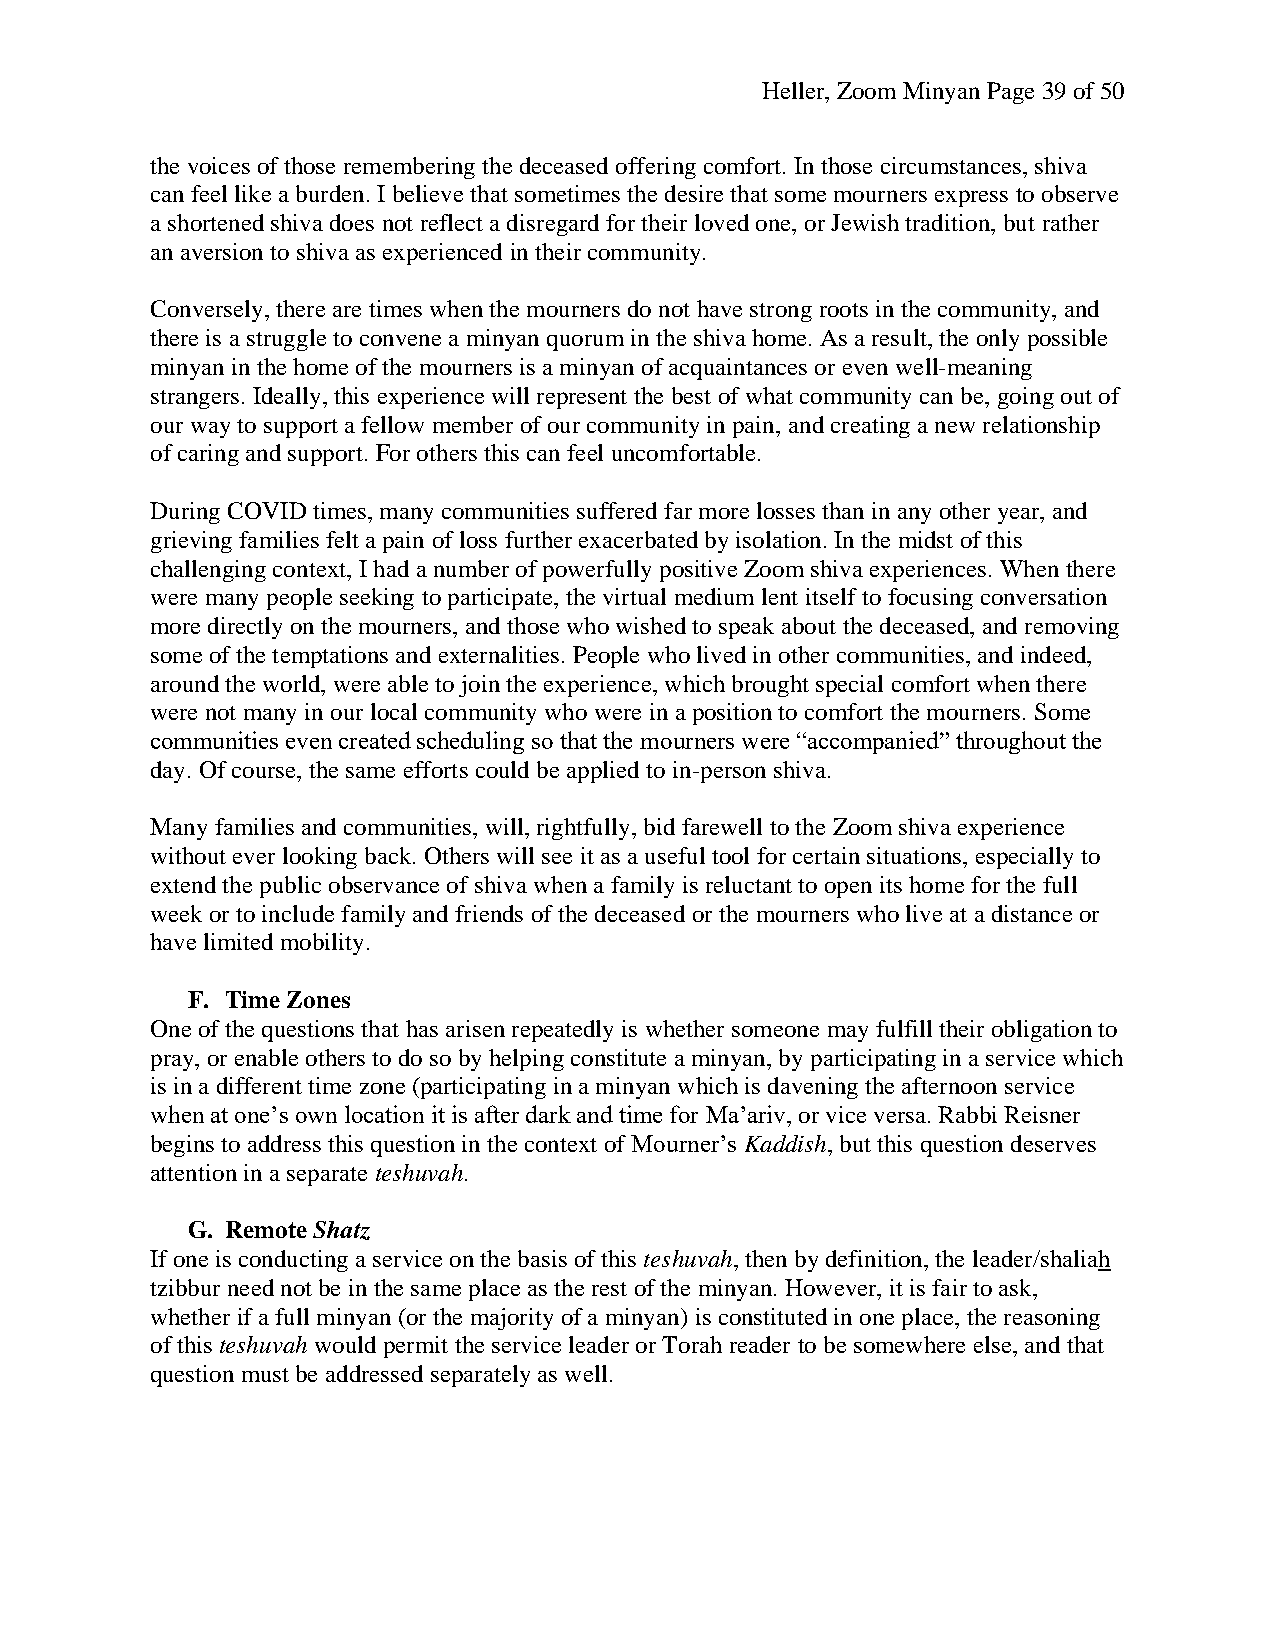
Heller, Zoom Minyan Page 39 of 50
 the voices of those remembering the deceased offering comfort. In those circumstances, shiva
 can feel like a burden. I believe that sometimes the desire that some mourners express to observe
 a shortened shiva does not reflect a disregard for their loved one, or Jewish tradition, but rather
 an aversion to shiva as experienced in their community.
 Conversely, there are times when the mourners do not have strong roots in the community, and
 there is a struggle to convene a minyan quorum in the shiva home. As a result, the only possible
 minyan in the home of the mourners is a minyan of acquaintances or even well-meaning
 strangers. Ideally, this experience will represent the best of what community can be, going out of
 our way to support a fellow member of our community in pain, and creating a new relationship
 of caring and support. For others this can feel uncomfortable.
 During COVID times, many communities suffered far more losses than in any other year, and
 grieving families felt a pain of loss further exacerbated by isolation. In the midst of this
 challenging context, I had a number of powerfully positive Zoom shiva experiences. When there
 were many people seeking to participate, the virtual medium lent itself to focusing conversation
 more directly on the mourners, and those who wished to speak about the deceased, and removing
 some of the temptations and externalities. People who lived in other communities, and indeed,
 around the world, were able to join the experience, which brought special comfort when there
 were not many in our local community who were in a position to comfort the mourners. Some
 communities even created scheduling so that the mourners were “accompanied” throughout the
 day. Of course, the same efforts could be applied to in-person shiva.
 Many families and communities, will, rightfully, bid farewell to the Zoom shiva experience
 without ever looking back. Others will see it as a useful tool for certain situations, especially to
 extend the public observance of shiva when a family is reluctant to open its home for the full
 week or to include family and friends of the deceased or the mourners who live at a distance or
 have limited mobility.
 F. Time Zones
 One of the questions that has arisen repeatedly is whether someone may fulfill their obligation to
 pray, or enable others to do so by helping constitute a minyan, by participating in a service which
 is in a different time zone (participating in a minyan which is davening the afternoon service
 when at one’s own location it is after dark and time for Ma’ariv, or vice versa. Rabbi Reisner
 begins to address this question in the context of Mourner’s Kaddish, but this question deserves
 attention in a separate teshuvah.
 G. Remote Shatz
 If one is conducting a service on the basis of this teshuvah, then by definition, the leader/shaliah
 tzibbur need not be in the same place as the rest of the minyan. However, it is fair to ask,
 whether if a full minyan (or the majority of a minyan) is constituted in one place, the reasoning
 of this teshuvah would permit the service leader or Torah reader to be somewhere else, and that
 question must be addressed separately as well.